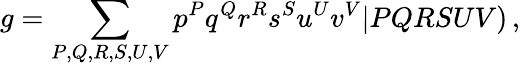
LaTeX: g=\sum_{P,Q,R,S,U,V}p^{P}q^{Q}r^{R}s^{S}u^{U}v^{V}\vert PQRSUV)\, ,